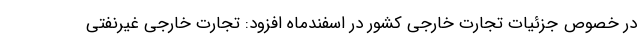
در خصوص جزئیات تجارت خارجی کشور در اسفندماه افزود: تجارت خارجی غیرنفتی